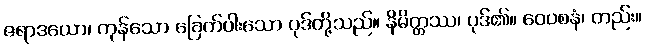
ဇရာဒယော၊ ကုန်သော ခြေက်ပါးသော ပုဒ်တို့သည်။ နိမိတ္တဿ၊ ပုဒ်၏။ ဝေဝစနံ၊ တည်း။